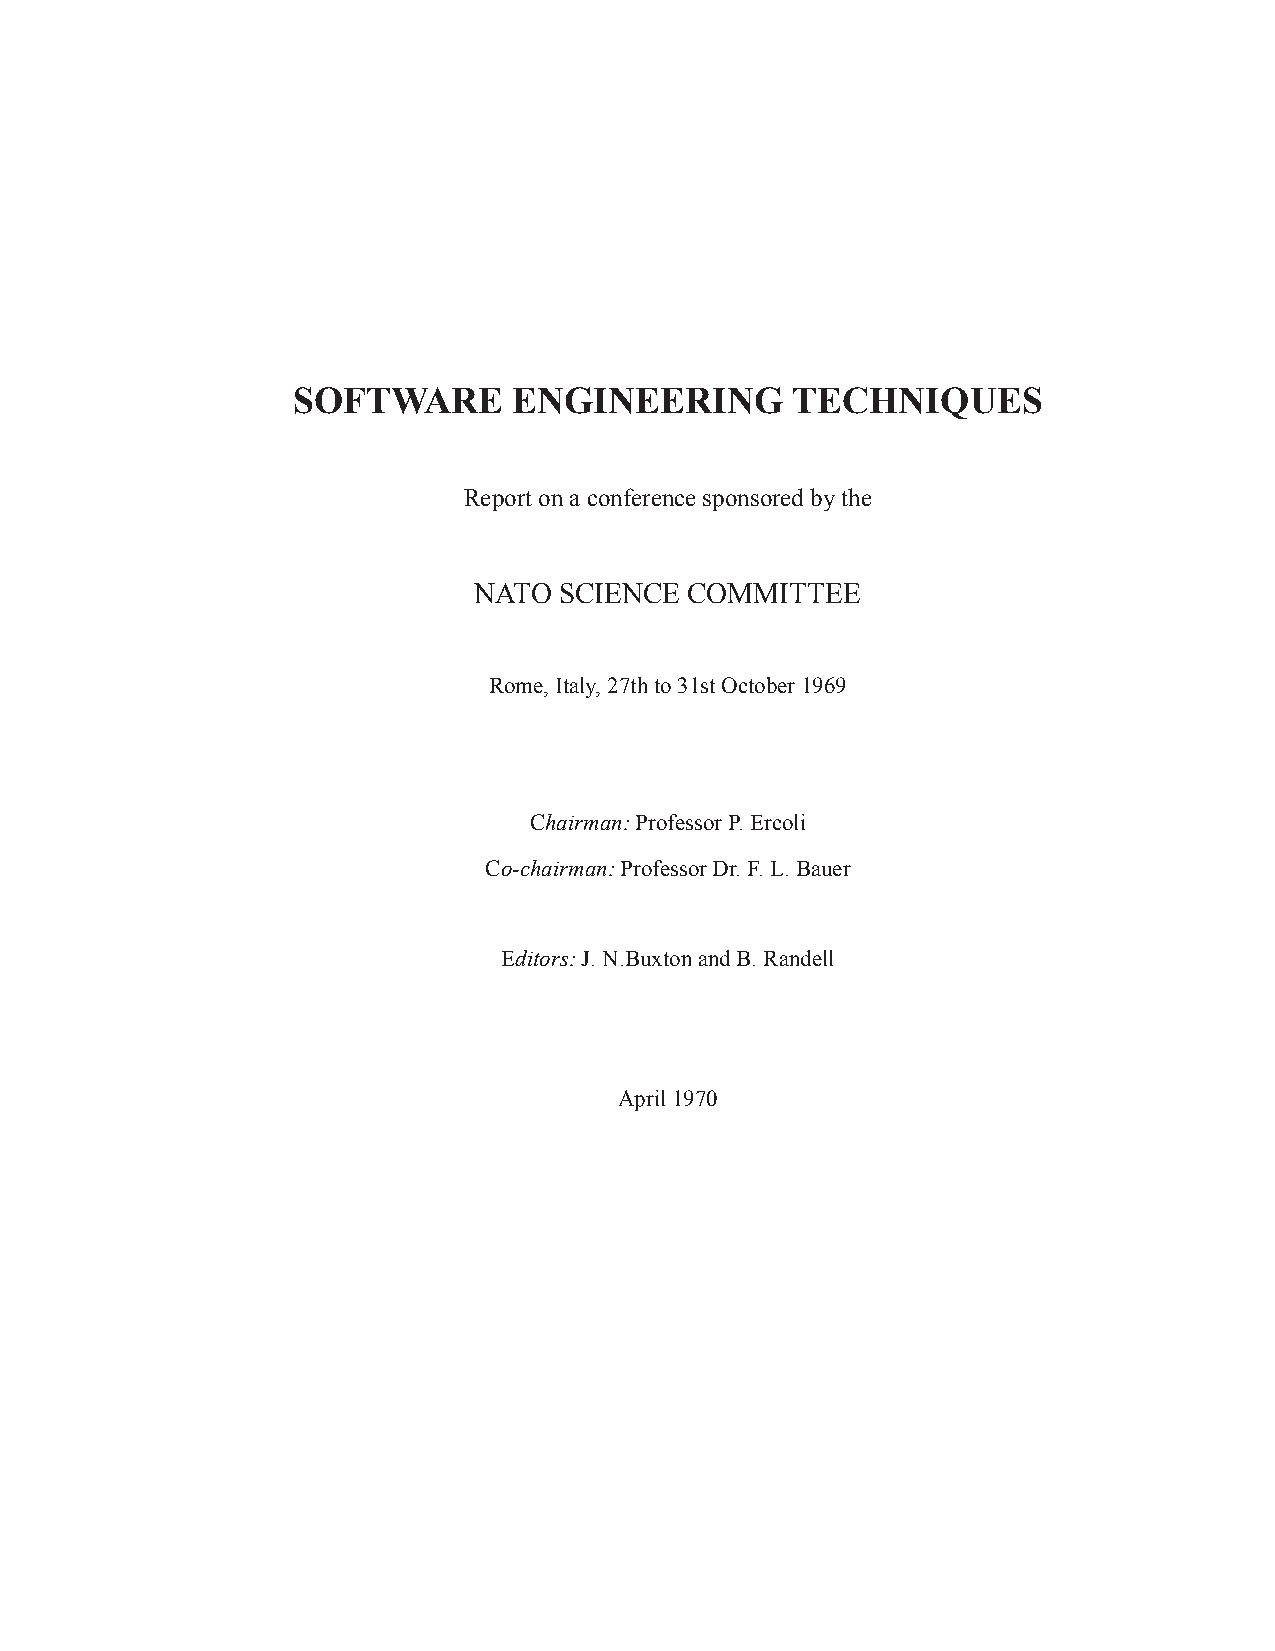
SOFTWARE       ENGINEERING       TECHNIQUES
 Report on a conference sponsored by the
 NATO  SCIENCE  COMMITTEE
 Rome, Italy, 27th to 31st October 1969
 Chairman: Professor P. Ercoli
 Co-chairman: Professor Dr. F. L. Bauer
 Editors: J. N.Buxton and B. Randell
 April 1970